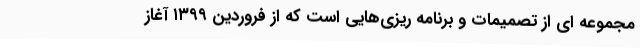
مجموعه‌ ای از تصمیمات و برنامه ‌ریزی‌هایی است که از فروردین ۱۳۹۹ آغاز